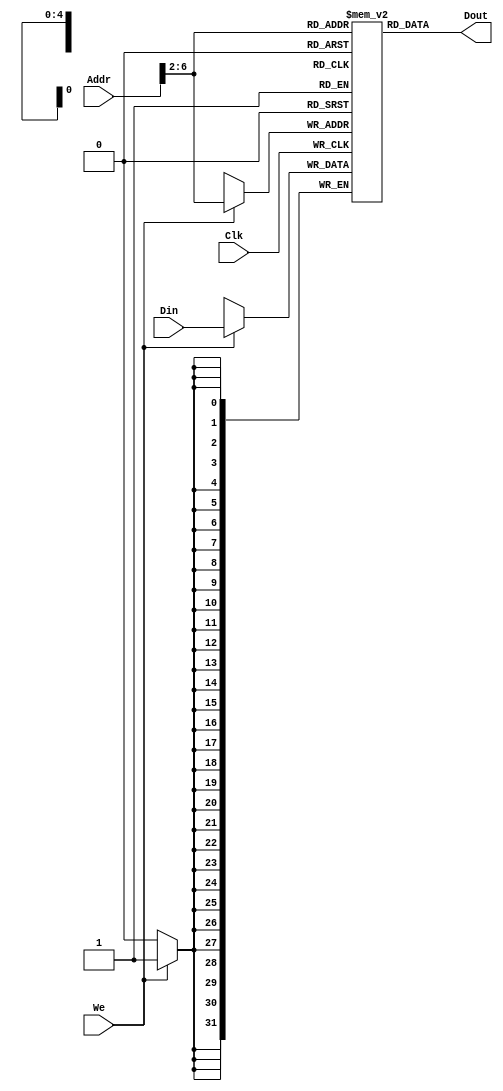
`timescale 1ns / 1ps
//////////////////////////////////////////////////////////////////////////////////
// Company: 
// Engineer: 
// 
// Design Name: 
// Module Name: DATAMEM
// Project Name: 
// Target Devices: 
// Tool Versions: 
// Description: 
// 
// Dependencies: 
// 
// Revision:
// Revision 0.01 - File Created
// Additional Comments:
// 
//////////////////////////////////////////////////////////////////////////////////


module DATAMEM(Addr,Din,Clk,We,Dout);
    input [31:0]Addr,Din;
    input Clk,We;
    output [31:0]Dout;
	reg [31:0]ram[0:31];
	integer i;
	initial begin
        for ( i = 0 ; i <= 31 ; i = i + 1) 
            ram [i] = i;
    end
	always @ (posedge Clk) begin
        if (We) ram[Addr[6:2]] <= Din;
	end
	assign Dout = ram[Addr[6:2]];
endmodule